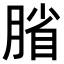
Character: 𫆦